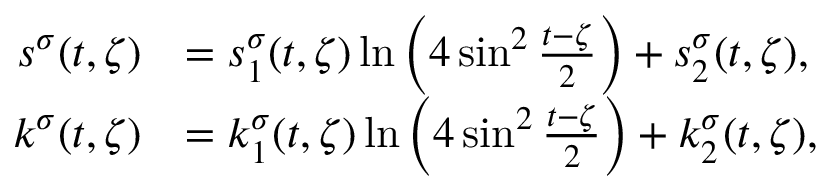
\begin{array} { r l } { s ^ { \sigma } ( t , \zeta ) } & { = s _ { 1 } ^ { \sigma } ( t , \zeta ) \ln \Big ( 4 \sin ^ { 2 } \frac { t - \zeta } { 2 } \Big ) + s _ { 2 } ^ { \sigma } ( t , \zeta ) , } \\ { k ^ { \sigma } ( t , \zeta ) } & { = k _ { 1 } ^ { \sigma } ( t , \zeta ) \ln \Big ( 4 \sin ^ { 2 } \frac { t - \zeta } { 2 } \Big ) + k _ { 2 } ^ { \sigma } ( t , \zeta ) , } \end{array}